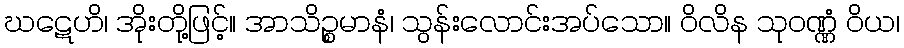
ဃဋေဟိ၊ အိုးတို့ဖြင့်။ အာသိဉ္စမာနံ၊ သွန်းလောင်းအပ်သော။ ဝိလိန သုဝဏ္ဏံ ဝိယ၊